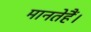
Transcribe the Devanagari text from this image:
मानतेहैं।